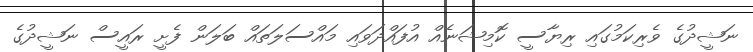
ނަޝީދުގެ ވެރިކަމުގައި ރިޔާސީ ކޮމިޝަނެއް އުފައްދަވައި މައްސަލަތައް ބަލަން ފެށީ ރައީސް ނަޝީދުގެ